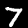
Digit: 7